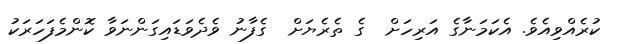
ކުރެއްވިއެވެ. އެކަމަނާގެ އަރިހަށް  ގެ ތެރެޔަށް  ގެފާނު ވެދެވަޑައިގަންނަވާ ކޮންމެފަހަރަކު